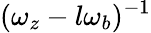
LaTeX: (\omega_{z}-l\omega_{b})^{-1}